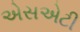
એસએટી